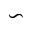
\backsim